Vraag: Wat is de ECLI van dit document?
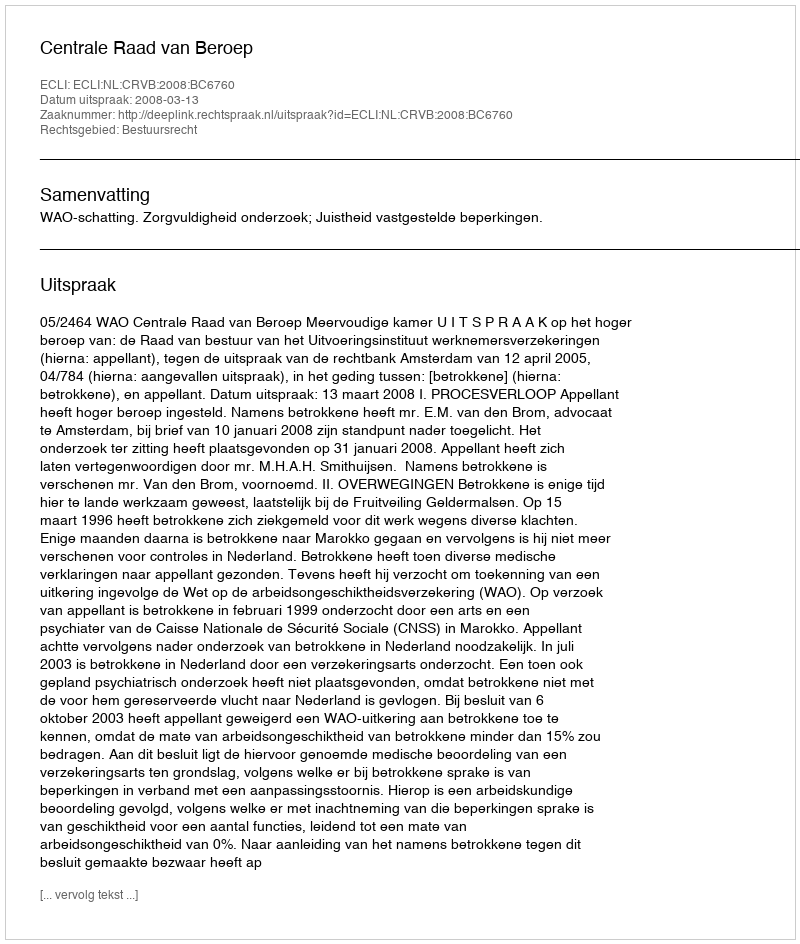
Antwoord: ECLI:NL:CRVB:2008:BC6760